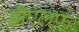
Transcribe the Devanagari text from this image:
डीएलफ